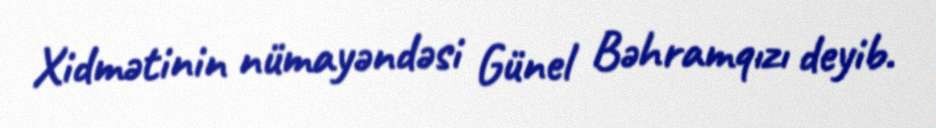
Xidmətinin nümayəndəsi Günel Bəhramqızı deyib.